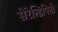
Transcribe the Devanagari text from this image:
सेरेन्डिपिटी